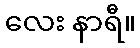
လေး နာရီ။